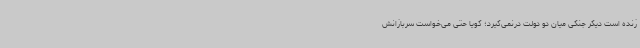
زنده است دیگر جنگی میان دو دولت درنمی‌گیرد؛ گویا حتی می‌خواست سربازانش